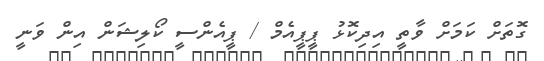
ގޮތަށް ކަމަށް ވާތީ އިދިކޮޅު ޕީޕީއެމް / ޕީއެންސީ ކޯލިޝަން އިން ވަނީ